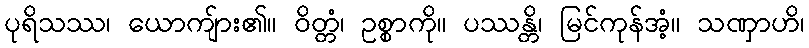
ပုရိသဿ၊ ယောကျ်ား၏။ ဝိတ္တံ၊ ဥစ္စာကို။ ပဿန္တိ၊ မြင်ကုန်အံ့။ သဏှာဟိ၊